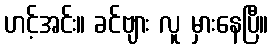
ဟင့်အင်း။ ခင်ဗျား လူ မှားနေပြီ။